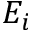
E _ { i }